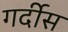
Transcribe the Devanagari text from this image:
गर्दीस